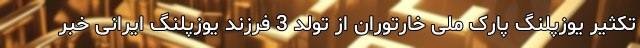
تکثیر یوزپلنگ پارک ملی خارتوران از تولد 3 فرزند یوزپلنگ ایرانی خبر